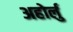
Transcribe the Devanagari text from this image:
अहोर्लु